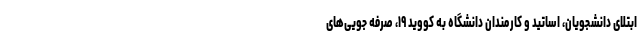
ابتلای دانشجویان، اساتید و کارمندان دانشگاه به کووید ۱۹، صرفه جویی‌های